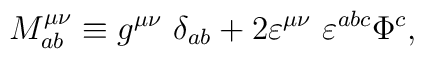
M^{\mu \nu}_{ab}\equiv g^{\mu \nu}~ \delta_{ab}+2\varepsilon^{\mu \nu}~\varepsilon^{abc}\Phi^c ,